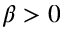
\beta > 0